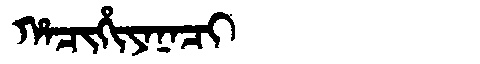
Manchu: ᡥᠠᠴᡳᡥᡳᠶᠠᠨᠠᠴᡳ
Romanization: HACIHIYANACI